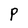
Character: P